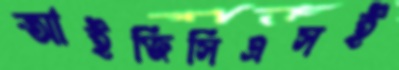
আইজিসিএসই